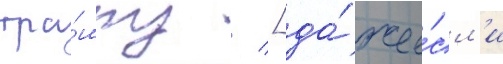
тра́мпу / [да́же е́сл'и